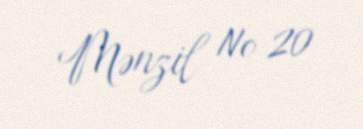
Mənzil № 20